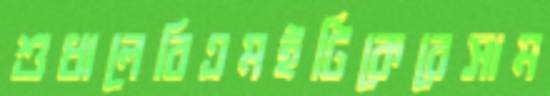
শুধালেবিএমইটিকেবেসাম